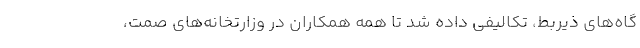
گاه‌های ذیربط، تکالیفی داده شد تا همه همکاران در وزارتخانه‌های صمت،